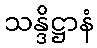
သန္ဒိဋ္ဌာနံ